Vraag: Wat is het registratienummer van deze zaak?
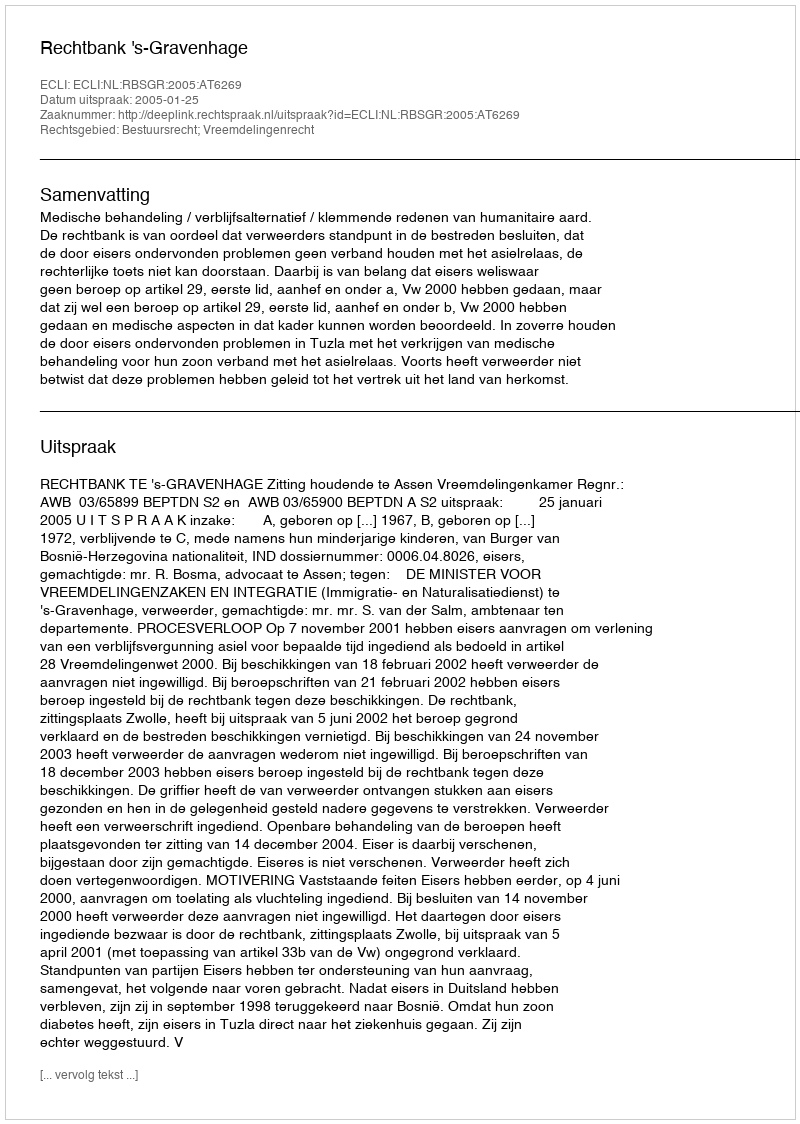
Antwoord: http://deeplink.rechtspraak.nl/uitspraak?id=ECLI:NL:RBSGR:2005:AT6269